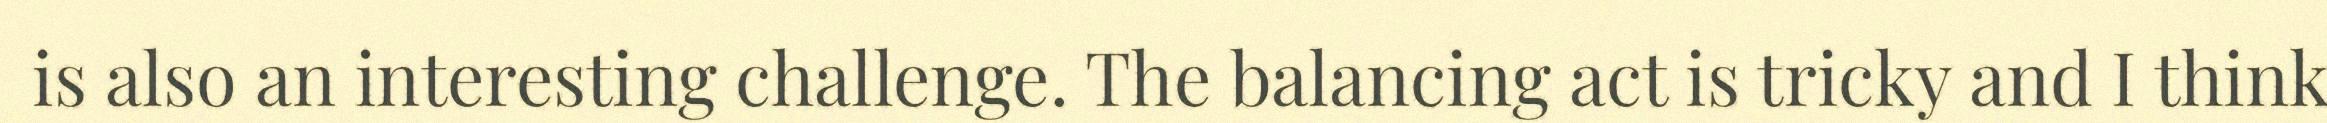
is also an interesting challenge. The balancing act is tricky and I think